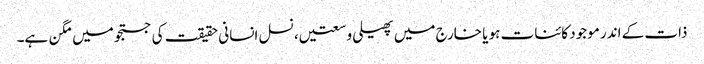
ذات کے اندر موجود کائنات ہو یا خارج میں پھیلی وسعتیں، نسل انسانی حقیقت کی جستجو میں مگن ہے۔